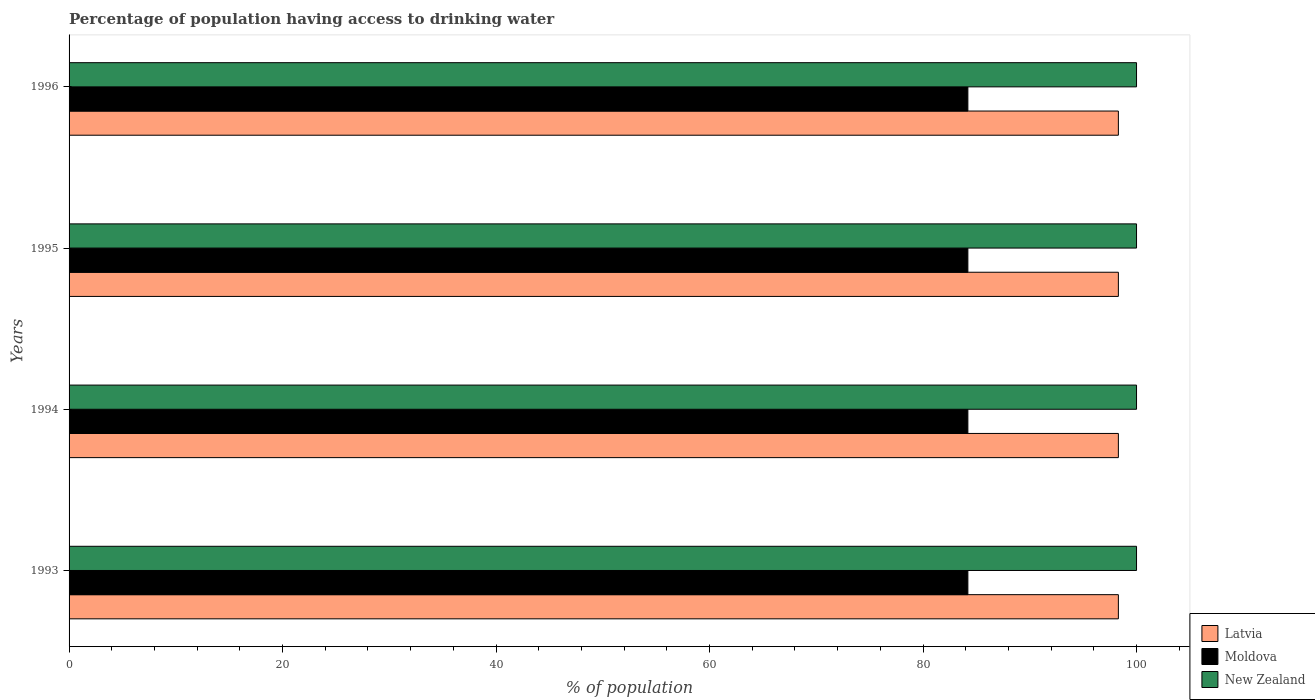
| Years | Latvia | Moldova | New Zealand |
 | --- | --- | --- | --- |
 | 1993 | 98.3 | 84.2 | 100 |
 | 1994 | 98.3 | 84.2 | 100 |
 | 1995 | 98.3 | 84.2 | 100 |
 | 1996 | 98.3 | 84.2 | 100 |